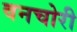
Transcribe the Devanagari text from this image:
वनचोरी